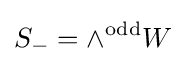
S_{-}=\wedge ^{\mathrm {odd} }W